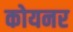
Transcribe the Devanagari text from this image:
कोयनर